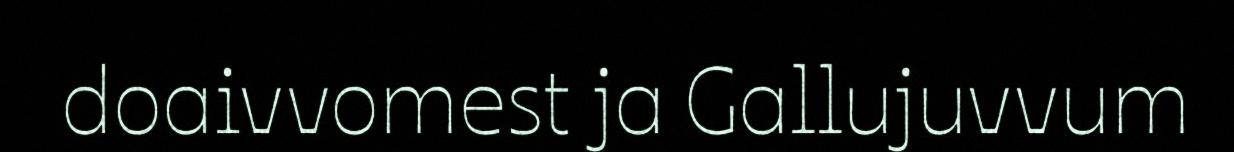
doaivvomest ja Gallujuvvum